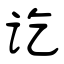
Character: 讫